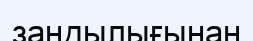
заңдылығынан